画像に写った文字を読んでください
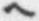
「ヘ」と書いてあります